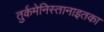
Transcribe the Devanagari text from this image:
तुर्कमेनिस्तानाइतका